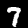
Digit: 7